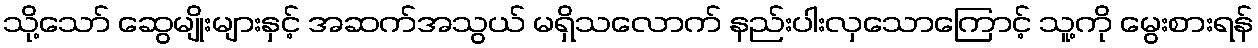
သို့သော် ဆွေမျိုးများနှင့် အဆက်အသွယ် မရှိသလောက် နည်းပါးလှသောကြောင့် သူ့ကို မွေးစားရန်